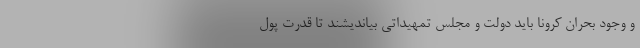
و وجود بحران کرونا باید دولت و مجلس تمهیداتی بیاندیشند تا قدرت پول